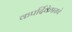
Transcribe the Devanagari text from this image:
कपर्दिकेश्वराचे